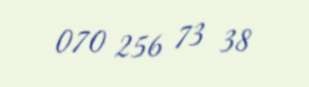
070 256 73 38